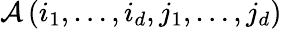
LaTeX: \mathcal{A}\left(i_{1},\ldots,i_{d},j_{1},\ldots,j_{d}\right)